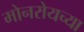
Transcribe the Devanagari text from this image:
मोनरोयच्या